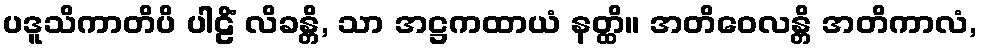
ပဒူသိကာတိပိ ပါဠိံ လိခန္တိ, သာ အဋ္ဌကထာယံ နတ္ထိ။ အတိဝေလန္တိ အတိကာလံ,